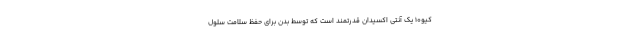
کیو10 یک آنتی اکسیدان قدرتمند است که توسط بدن برای حفظ سلامت سلول